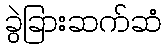
ခွဲခြားဆက်ဆံ